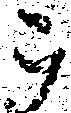
被